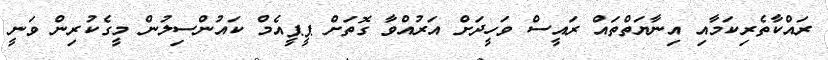
ރައްކާތެރިކަމާއި އިނާޔަތްތައް ރައީސް ވަހީދަށް އަރުއްވާ ގޮތަށް ޕީޕީއެމް ކައުންސިލުން މީގެކުރިން ވަނީ